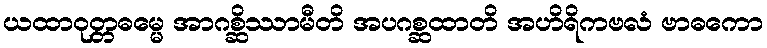
ယထာဝုတ္တဓမ္မေ အာဂစ္ဆိဿာမီတိ အပဂစ္ဆထာတိ အဟိရိကဗလံ ဗာဓကော